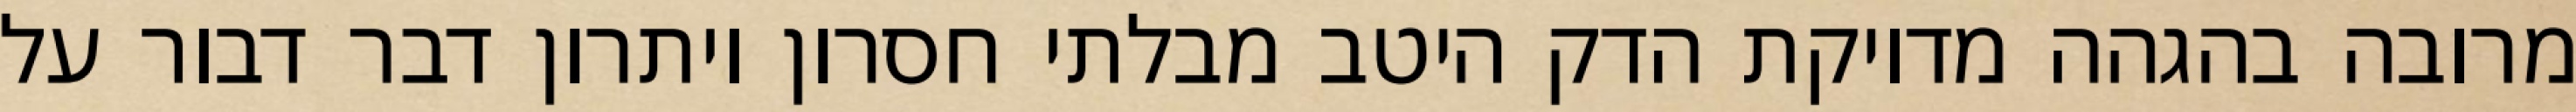
מרובה בהגהה מדויקת הדק היטב מבלתי חסרון ויתרון דבר דבור על